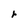
Character: r